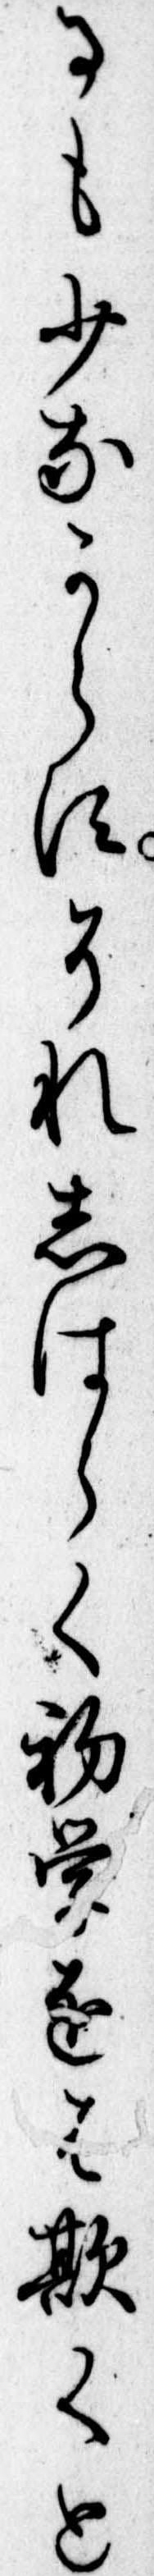
るも少なからすそれしはらく初学をは欺くと